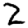
Digit: 2